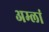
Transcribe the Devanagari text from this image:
अम्लां